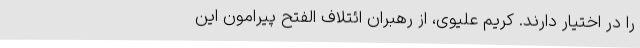
را در اختیار دارند. کریم علیوی، از رهبران ائتلاف الفتح پیرامون این